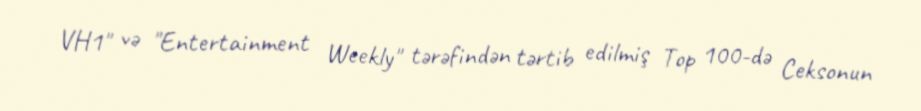
VH1" və "Entertainment Weekly" tərəfindən tərtib edilmiş Top 100-də Ceksonun